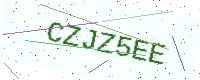
Text: CZJZ5EE